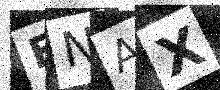
Text: ENAX